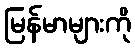
မြန်မာများကို